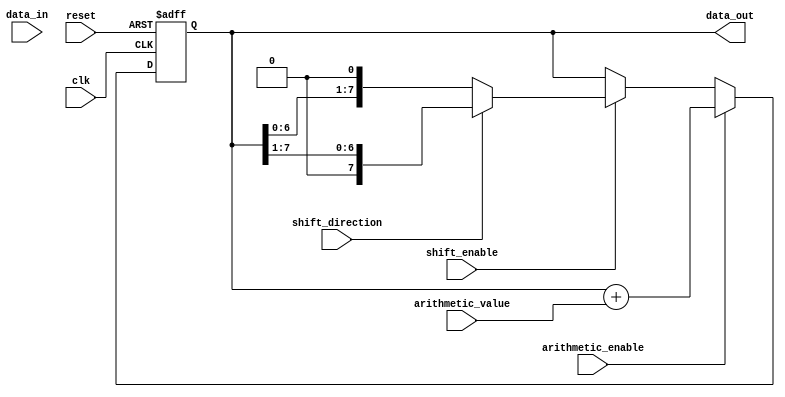
module LogarithmicShiftRegister #(
    parameter WIDTH = 8 // Width of the register
) (
    input wire clk,                 // Clock signal
    input wire reset,               // Reset signal
    input wire [WIDTH-1:0] data_in, // Input data
    input wire shift_enable,        // Shift enable signal
    input wire shift_direction,     // Shift direction (0 = left, 1 = right)
    input wire arithmetic_enable,   // Enable arithmetic operation
    input wire [WIDTH-1:0] arithmetic_value, // Value for arithmetic operation
    output reg [WIDTH-1:0] data_out // Output data
);

    reg [WIDTH-1:0] register; // Internal register storage

    // Logarithmic Shift Register functionality
    always @(posedge clk or posedge reset) begin
        if (reset) begin
            register <= 0; // Reset register to 0
        end else begin
            // Perform shifts based on control signals
            if (shift_enable) begin
                if (shift_direction == 1'b0) begin
                    // Left shift (multiply by 2)
                    register <= register << 1;
                end else begin
                    // Right shift (divide by 2)
                    register <= register >> 1;
                end
            end
            
            // Perform arithmetic operations if enabled
            if (arithmetic_enable) begin
                // Logarithmic addition or subtraction
                // For simplicity, we are assuming simple addition and subtraction
                // In a real logarithmic implementation, you'd convert to log domain
                register <= register + arithmetic_value; // Example: addition
                // register <= register - arithmetic_value; // Example: subtraction
            end
        end
    end

    // Output the current state of the register
    always @(register) begin
        data_out <= register;
    end

endmodule